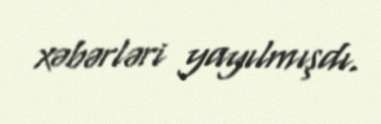
xəbərləri yayılmışdı.